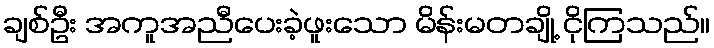
ချစ်ဦး အကူအညီပေးခဲ့ဖူးသော မိန်းမတချို့ ငိုကြသည်။